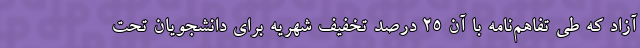
آزاد که طی تفاهم‌نامه با آن ۲۵ درصد تخفیف شهریه برای دانشجویان تحت